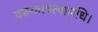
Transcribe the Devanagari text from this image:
वरुणावत्यामधि।